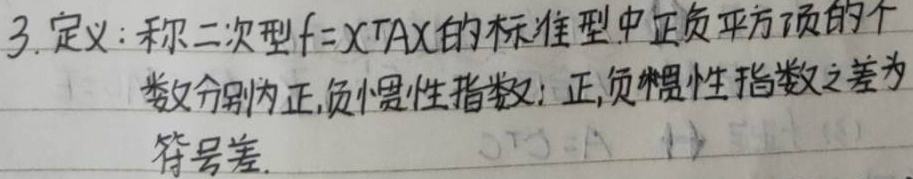
3. 定义：称二次型\(f = X^{T}AX\)的标准型中正负平方项的个数分别为正、负惯性指数；正、负惯性指数之差为符号差。